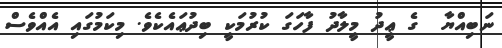
ނަބިއްޔާ  ގެ ޢީދު މީލާދު ފާހަގަ ކުރުމަކީ ބިދުޢައެކެވެ. މިކަމުގައި އެއްވެސް